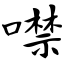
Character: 噤